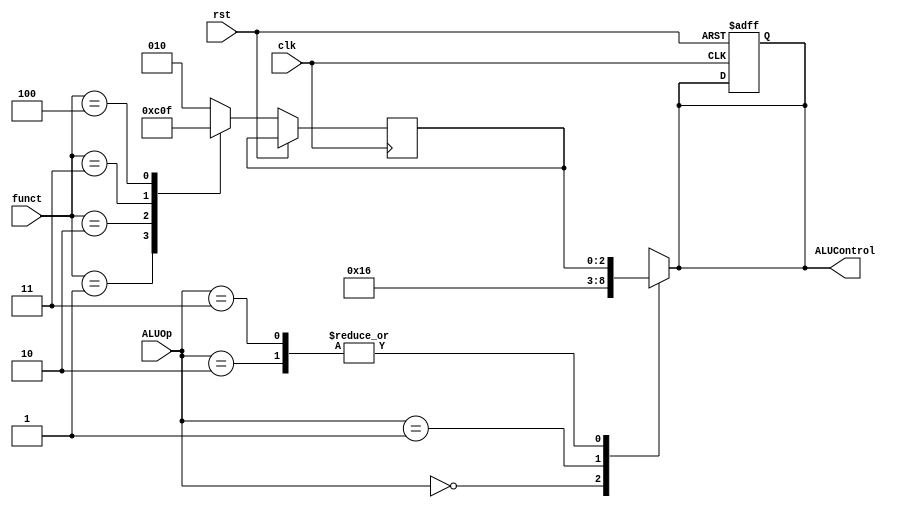
module ALUDecoder (
    input clk, rst,
    input [5:0]funct,
    input [1:0]ALUOp,
    output reg [2:0]ALUControl
    );

localparam ADD_FN  = 5'b10000;
localparam SUB_FN  = 3'b001;
localparam AND_FN  = 3'b010;
localparam OR_FN   = 3'b011;
localparam SLT_FN  = 3'b100;

reg [2:0] ALUFunctions_o;

always @(posedge clk, posedge rst) 
    begin
        if(rst)
            ALUControl <= 3'b000;
        else
            case (funct)
                ADD_FN:
                    ALUFunctions_o <= 3'b010;
                SUB_FN:
                    ALUFunctions_o <= 3'b110;
                AND_FN:
                    ALUFunctions_o <= 3'b000;
                OR_FN:
                    ALUFunctions_o <= 3'b001;
                SLT_FN:
                    ALUFunctions_o <= 3'b111;
                default: 
                    ALUFunctions_o <= 3'b010;
            endcase
    end

always @(ALUOp) 
    begin
        case (ALUOp)
            2'b00:
                ALUControl <= 3'b010;
            2'b01:
                ALUControl <= 3'b110;
            2'b10:
                ALUControl <= ALUFunctions_o;
            2'b11:
                ALUControl <= ALUFunctions_o;
        endcase
    end
    
endmodule